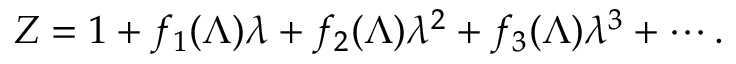
Z = 1 + f _ { 1 } ( \Lambda ) \lambda + f _ { 2 } ( \Lambda ) \lambda ^ { 2 } + f _ { 3 } ( \Lambda ) \lambda ^ { 3 } + \cdots .